NAE_EAA_P-553_Koit_kolhoos, lk 21
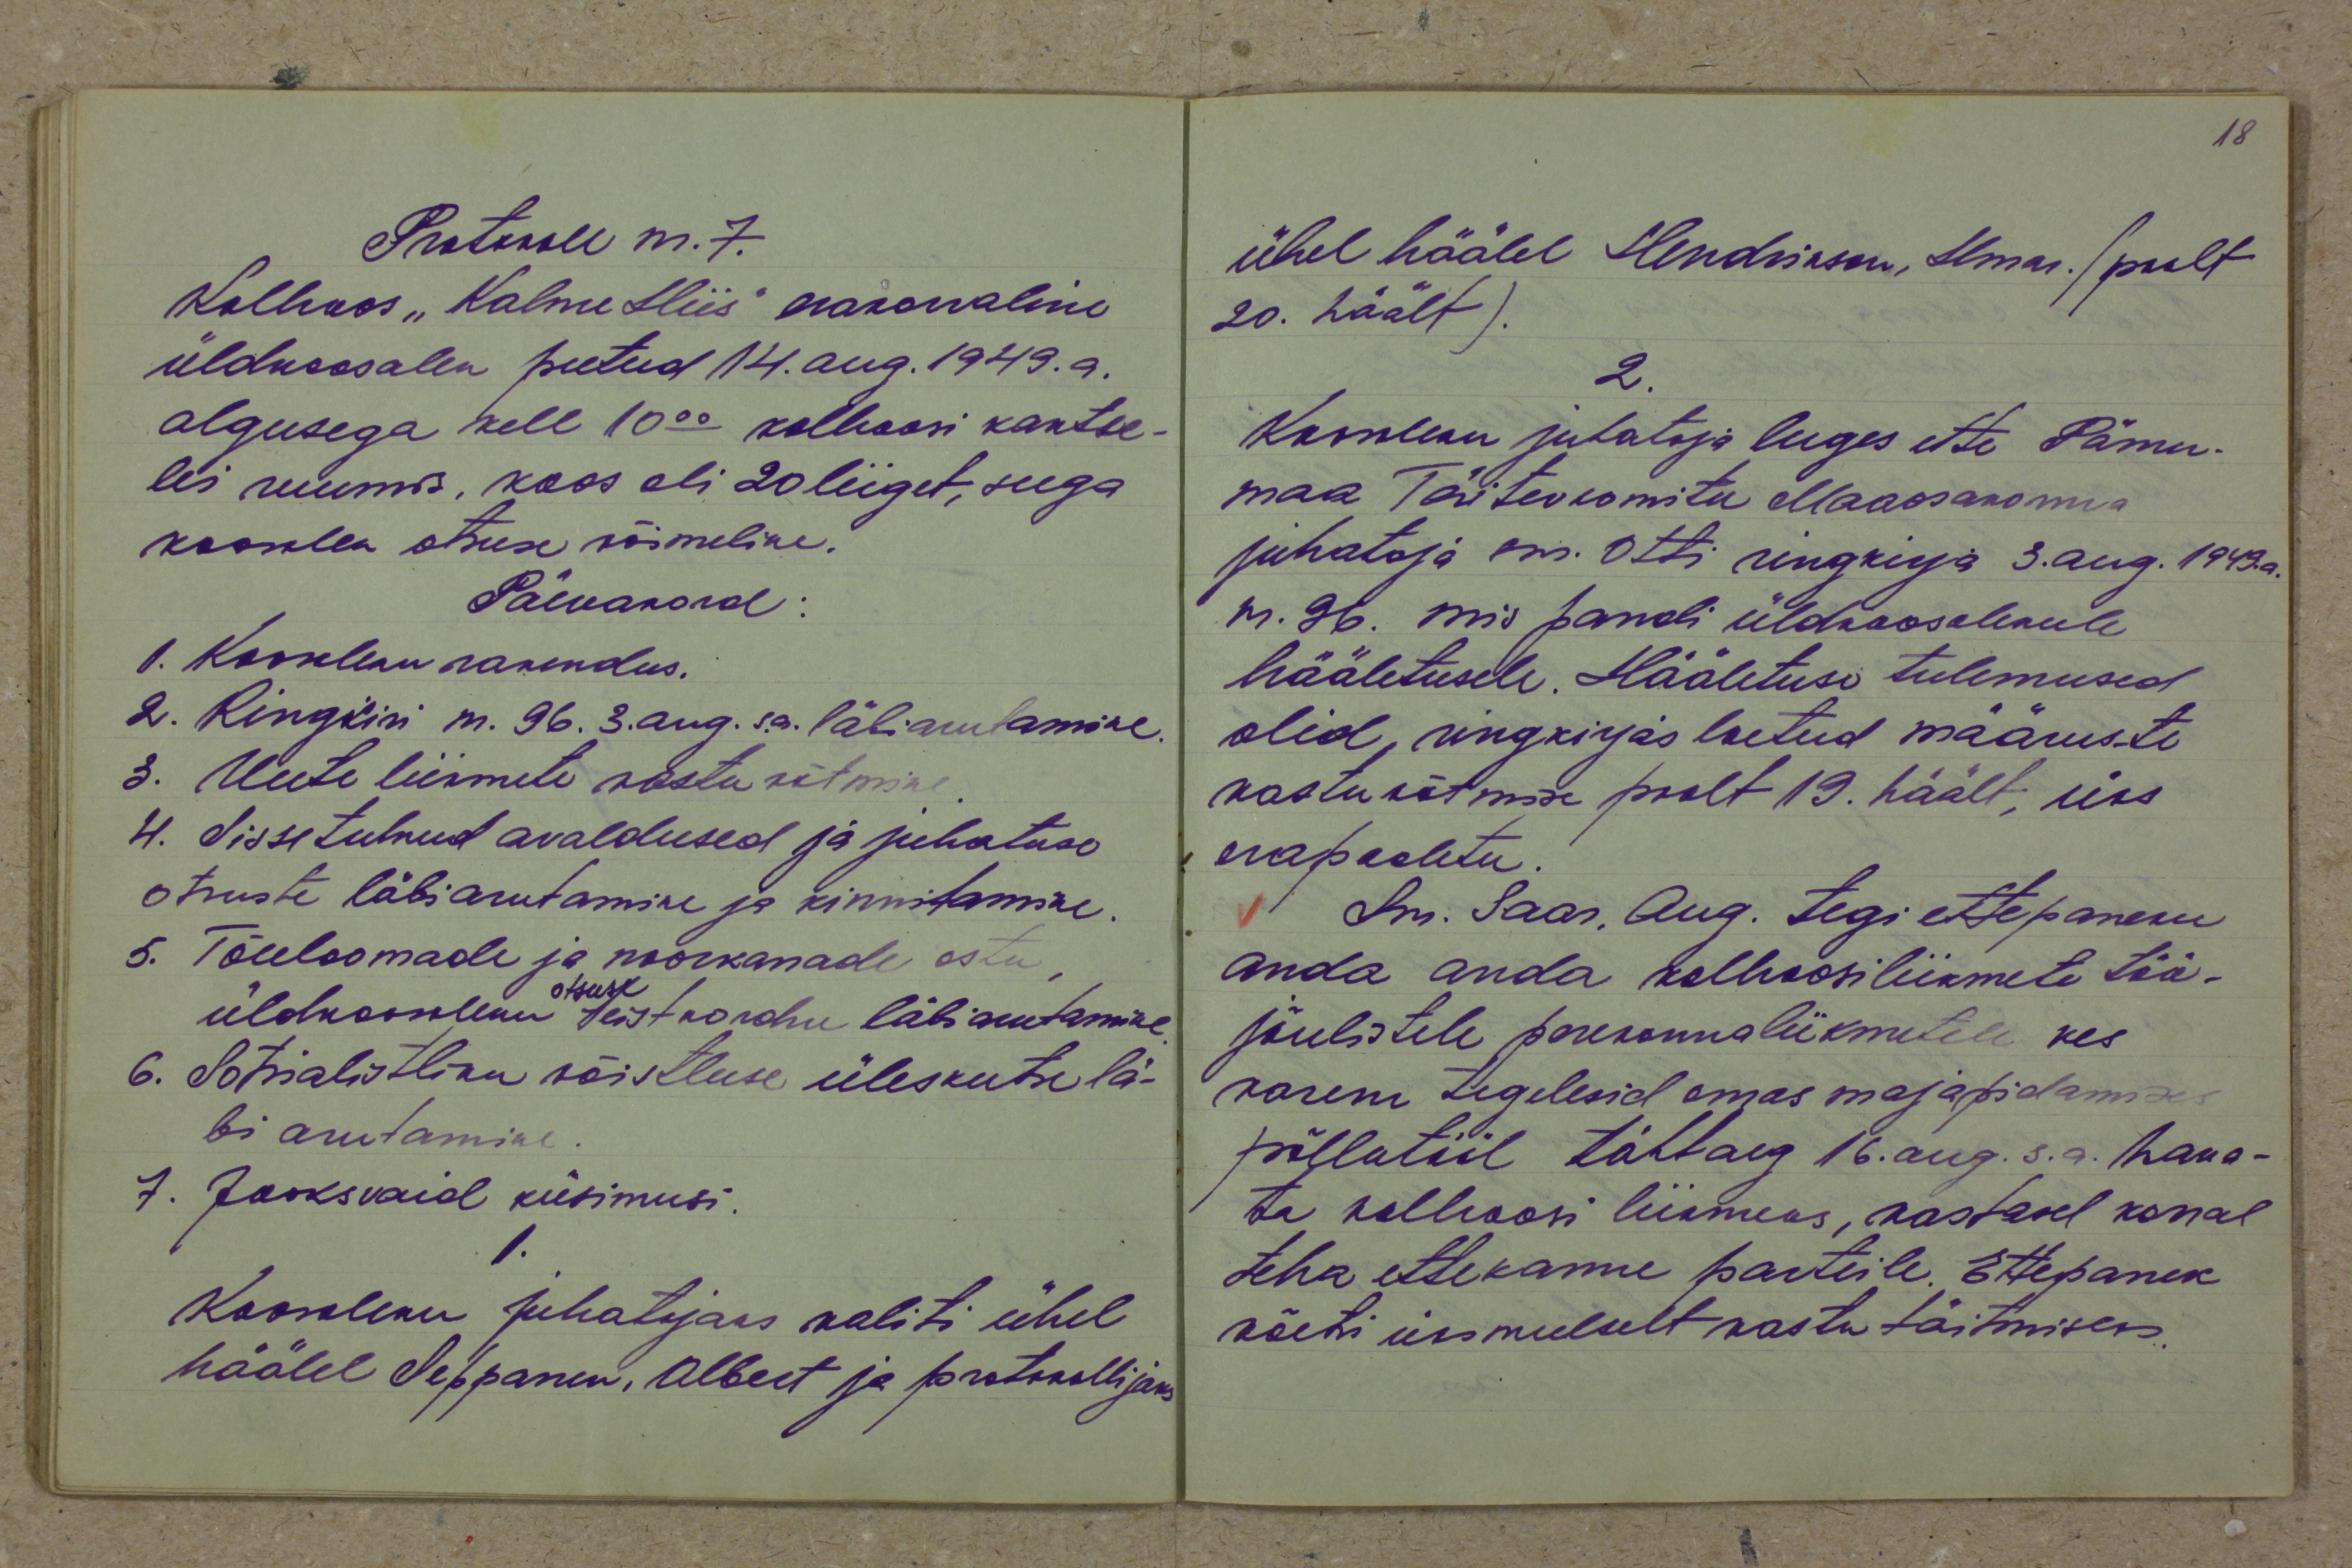
Protokoll nr. 7.
Kolhoos "Kalme Hiis" erakorraline
üldkoosolek peetud 14. aug. 1949.a.
algusega kell 10.00 kolhoosi kantse-
lei ruumis, koos oli 20 liiget, seega
koosolek otsuse võimeline.
Päevakord:
1. Koosoleku rakendus.
2. Ringkiri nr. 96. 3. aug. s.a. läbiarutamine.
3. Uute liikmete vastuvõtmine
4. Sissetulnud avaldused ja juhatuse
otsuste läbiarutamine ja kinnitamine.
5. Tõuloomaade ja noorkanade ostu,
otsuse
üldkoosoleku teistkordnr läbiarutamine
6. Sotsialistliku võistluse üleskutse lä-
bi arutamine.
7. Jooksvaid küsimusi.
1.
Koosoleku juhatajaks valiti ühel
häälel Seppanen, Albert ja protokollijaks

ühel häälel Hendrikson, Ilmar. (poolt
20. häält).
2.
Koosoleku juhataja luges ette Pärnu-
maa Tätevkomitee Maasakonna
juhataja sm. Otti ringkirja 3. aug. 1949. a.
nr. 96. mis pandi üldkoosolekule
hääletusele. Hääletuse tulemused
olid, ringkirjas loetud määruste
vastuvõtmise poolt 19. häält, üks
erapooletu.
Sm. Saar, Aug. tegi ettepaneku
anda anda kolhoosiliikmete töö-
jõulistele perekonnaliikmetele kes
varem tegelesid omas majapidamises
põllutööl tähtaeg 16. aug. s.a. haka-
ta kolhoosi liikmeks, vastasel korral
teha ettekanne parteile. Ettepanek
võeti üksmeelselt vastu täitmiseks.